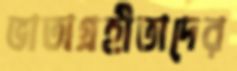
ভাতাগ্রহীতাদের